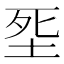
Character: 㘸